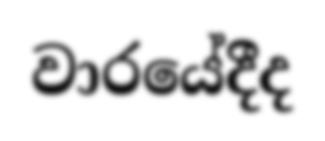
වාරයේදීද